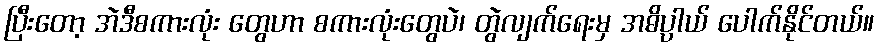
ပြီးတော့ အဲဒီစကားလုံး တွေဟာ စကားလုံးတွေပဲ၊ တွဲလျက်ရေးမှ အဓိပ္ပါယ် ပေါက်နိုင်တယ်။